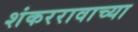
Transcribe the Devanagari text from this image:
शंकररावाच्या